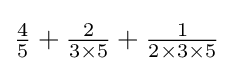
{\tfrac {4}{5}}+{\tfrac {2}{3\times 5}}+{\tfrac {1}{2\times 3\times 5}}